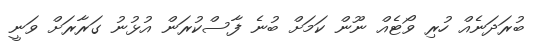
ބުރަދަނެއް ހުރި ވޯޓެއް ނޫން ކަމަށް ބުނެ ފާސްކުރަން އުޅުނު ގަރާރަށް ވަނީ